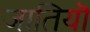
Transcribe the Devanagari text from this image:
जातियॊ